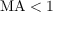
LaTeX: \mathrm { M A } < 1